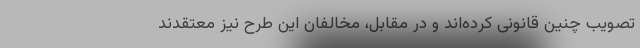
تصویب چنین قانونی کرده‌اند و در مقابل، مخالفان این طرح نیز معتقدند